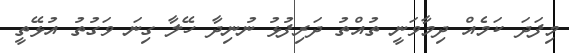
މިފަދަ ކަމެއް ދިމާވަނީ ތުއްތު ދަރިފުޅު ނުނިދާ ހޭލާ ގިނަ ވަގުތު އުޅޭތީ